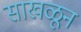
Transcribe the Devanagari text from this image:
साखळून